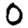
Digit: 0